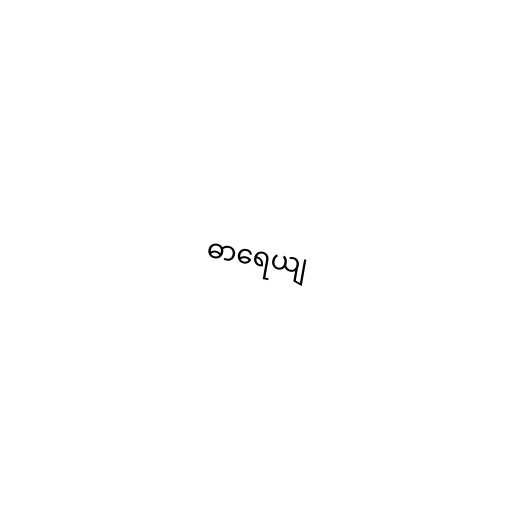
ဓာရေယျ